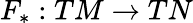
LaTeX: F_{*}:TM\to TN